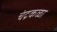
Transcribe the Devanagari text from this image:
चंद्रकळा